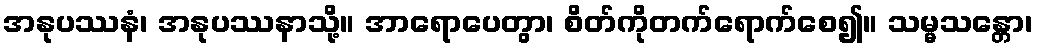
အနုပဿနံ၊ အနုပဿနာသို့။ အာရောပေတွာ၊ စိတ်ကိုတက်ရောက်စေ၍။ သမ္မသန္တော၊